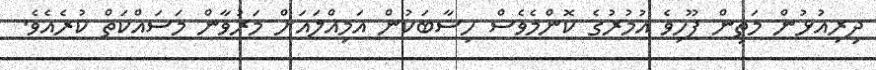
ދިރިއުޅުން މަތިން ފޫހިވެ އުމުރުގެ ކޮންމެވެސް ހިސާބަކުން އަމިއްލައަށް މަރުވާން މަސައްކަތް ކުރެއެވެ.